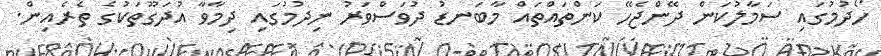
ހޯދުމުގައި ސަމާލުކަން ދޭންޖެހޭ ކަންތައްތައް މާބަނޑު ދުވަސްވަރު ނިދުމުގައި ދިމާވާ އުދަގޫތަކުގެ ތެރެއިން.